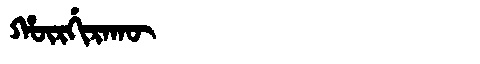
Manchu: ᡥᡡᡵᡤᡳᡵᠠᡴᡡ
Romanization: HŪRGIRAKŪ